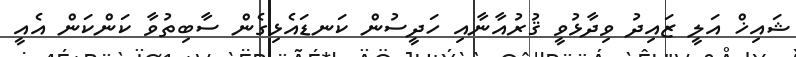
ޝައިޚް އަލީ ޒައިދު ވިދާޅުވީ ޤުރުއާނާއި ހަދީސުން ކަނޑައެޅިގެން ސާބިތުވާ ކަންކަން އެއީ